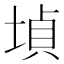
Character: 𡎞